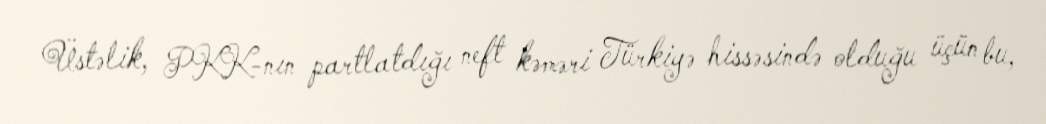
Üstəlik, PKK-nın partlatdığı neft kəməri Türkiyə hissəsində olduğu üçün bu,